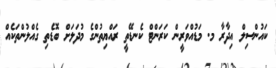
ކައުންސިލް އިދާރާ މ. މަޑުއްވަރީން ކަރަންޓް ކެނޑޭތީ ރައްޔިތުންގެ މުދަލަށް ބޮޑެތި ގެއްލުންތަކެއް